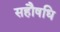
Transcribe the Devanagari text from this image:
सहौषधि